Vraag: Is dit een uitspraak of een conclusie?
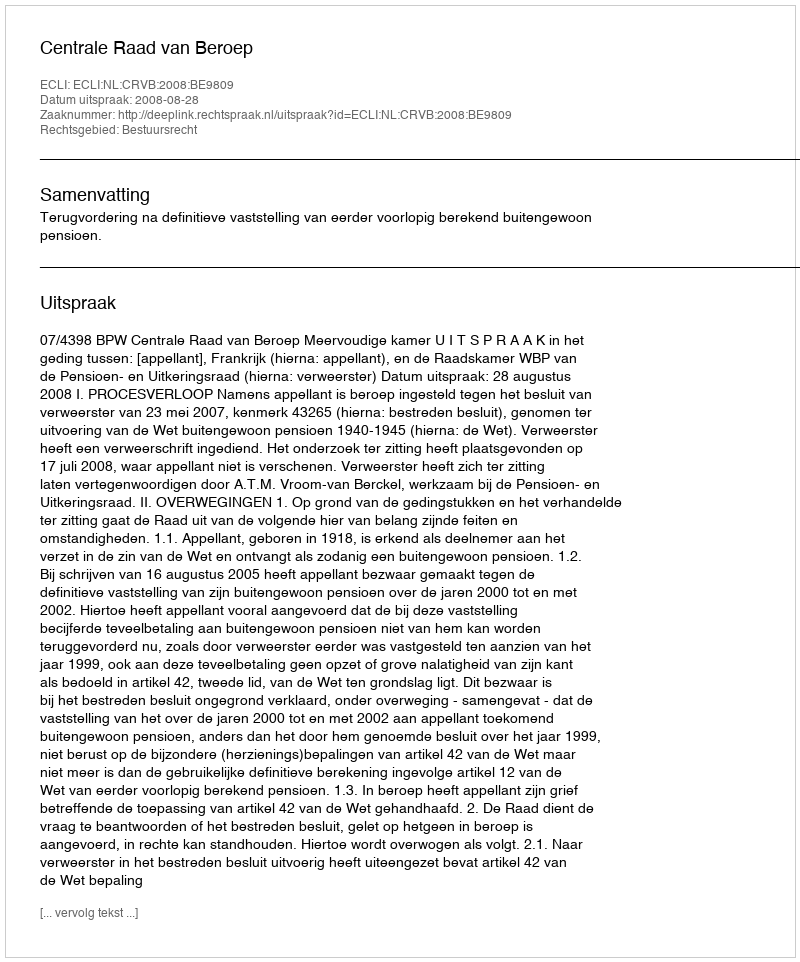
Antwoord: Uitspraak